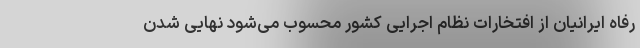
رفاه ایرانیان از افتخارات نظام اجرایی کشور محسوب می‌شود نهایی شدن